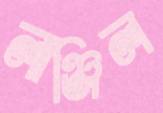
লাঞ্জিল